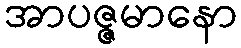
အာပဇ္ဇမာနော